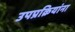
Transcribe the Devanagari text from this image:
उपप्रक्रियांना